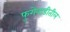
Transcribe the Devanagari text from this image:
फुगेवाडीतील